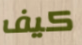
كيف